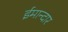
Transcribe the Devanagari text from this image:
ईमान्दार